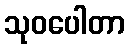
သုဝပေါတာ